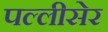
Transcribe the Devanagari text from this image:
पल्लीसेर